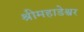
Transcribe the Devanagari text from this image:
श्रीमहाडेश्वर